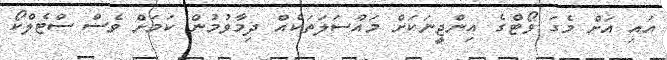
އައި އަށް މެގަ ވޯޓްގެ އިންޖީނަކަށް މައްސަލަތަކެއް ދިމާވުމުން ކަމަށް ވެސް ސްޓެލްކޯ